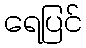
ရေပြင်